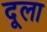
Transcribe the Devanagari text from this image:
दूला